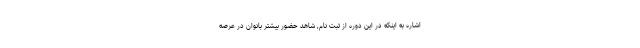
اشاره به اینکه در این دوره از ثبت نام, شاهد حضور بیشتر بانوان در عرصه